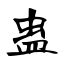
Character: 蛊